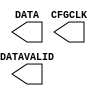
///////////////////////////////////////////////////////
//  Copyright (c) 1995/2006 Xilinx Inc.
//  All Right Reserved.
///////////////////////////////////////////////////////
//
//   ____   ___
//  /   /\/   / 
// /___/  \  /     Vendor      : Xilinx 
// \  \    \/      Version : 10.1
//  \  \           Description : 
//  /  /                      
// /__/   /\       Filename    : USR_ACCESS_VIRTEX6.v
// \  \  /  \ 
//  \__\/\__ \                    
//                                 
//  Revision:		1.0
///////////////////////////////////////////////////////

`timescale 1 ps / 1 ps 

module USR_ACCESS_VIRTEX6 (
  CFGCLK,
  DATA,
  DATAVALID
);

  output CFGCLK;
  output DATAVALID;
  output [31:0] DATA;


endmodule